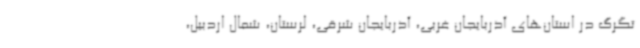
تگرگ در استان‌های آذربایجان غربی، آذربایجان شرقی، لرستان، شمال اردبیل،